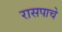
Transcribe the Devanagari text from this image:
रासपाचे